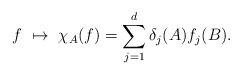
LaTeX: \begin{align*}f \ \mapsto \ \chi_A(f)= \sum_{j=1}^d \delta_j(A) f_j(B).\end{align*}